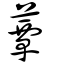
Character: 蕈